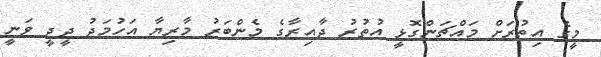
މީގެ އިތުރަށް މައްޗަންގޮޅީ އުތުރު ދާއިރާގެ މެންބަރު މާރިޔާ އަހުމަދު ދީދީ ވަނީ